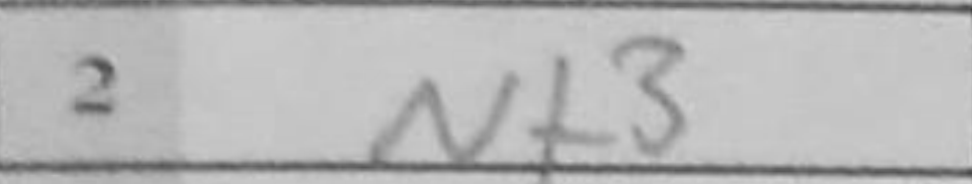
Transcription: Nf3